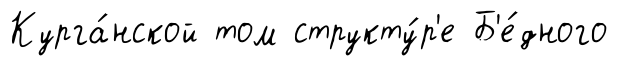
Курга́нской том структу́р'е Б'е́дного